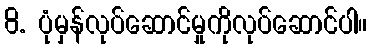
8. ပုံမှန်လုပ်ဆောင်မှုကိုလုပ်ဆောင်ပါ။